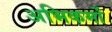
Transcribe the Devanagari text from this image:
अभिकर्मो